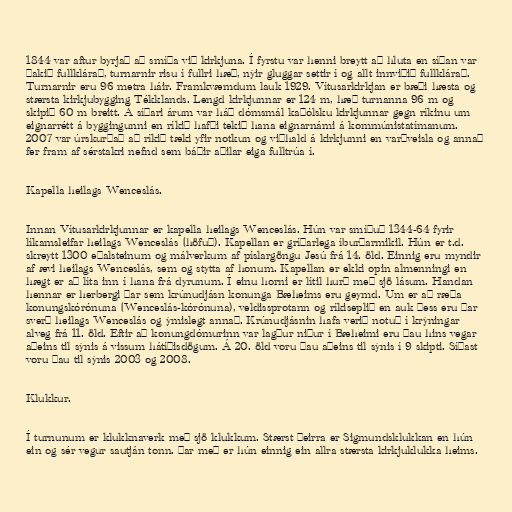
1844 var aftur byrjað að smíða við kirkjuna. Í fyrstu var henni breytt að hluta en síðan var
þakið fullklárað, turnarnir risu í fullri hæð, nýir gluggar settir í og allt innviðið fullklárað.
Turnarnir eru 96 metra háir. Framkvæmdum lauk 1929. Vítusarkirkjan er bæði hæsta og
stærsta kirkjubygging Tékklands. Lengd kirkjunnar er 124 m, hæð turnanna 96 m og
skipið 60 m breitt. Á síðari árum var háð dómsmál kaþólsku kirkjunnar gegn ríkinu um
eignarrétt á byggingunni en ríkið hafði tekið hana eignarnámi á kommúnistatímanum.
2007 var úrskurðað að ríkið tæki yfir notkun og viðhald á kirkjunni en varðveisla og annað
fer fram af sérstakri nefnd sem báðir aðilar eiga fulltrúa í.

Kapella heilags Wenceslás.

Innan Vítusarkirkjunnar er kapella heilags Wenceslás. Hún var smíðuð 1344-64 fyrir
líkamsleifar heilags Wenceslás (höfuð). Kapellan er gríðarlega íburðarmikil. Hún er t.d.
skreytt 1300 eðalsteinum og málverkum af píslargöngu Jesú frá 14. öld. Einnig eru myndir
af ævi heilags Wenceslás, sem og stytta af honum. Kapellan er ekki opin almenningi en
hægt er að líta inn í hana frá dyrunum. Í einu horni er lítil hurð með sjö lásum. Handan
hennar er herbergi þar sem krúnudjásn konunga Bæheims eru geymd. Um er að ræða
konungskórónuna (Wenceslás-kórónuna), veldissprotann og ríkiseplið en auk þess eru þar
sverð heilags Wenceslás og ýmislegt annað. Krúnudjásnin hafa verið notuð í krýningar
alveg frá 11. öld. Eftir að konungdómurinn var lagður niður í Bæheimi eru þau hins vegar
aðeins til sýnis á vissum hátíðisdögum. Á 20. öld voru þau aðeins til sýnis í 9 skipti. Síðast
voru þau til sýnis 2003 og 2008.

Klukkur.

Í turnunum er klukknaverk með sjö klukkum. Stærst þeirra er Sigmundsklukkan en hún
ein og sér vegur sautján tonn. Þar með er hún einnig ein allra stærsta kirkjuklukka heims.